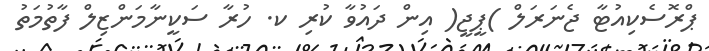
ޕްރޮސެކިއުޓާ ޖެނަރަލް )ޕީޖީ( އިން ދައުވާ ކުރި ކ. ހުރާ ސަކީނާމަންޒިލް ފާތުމަތު